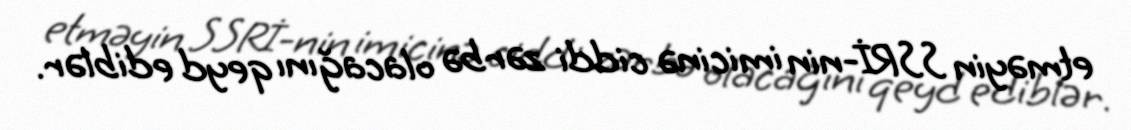
etməyin SSRİ-nin imicinə ciddi zərbə olacağını qeyd ediblər.